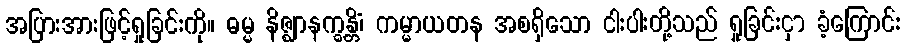
အပြားအားဖြင့်ရှုခြင်းကို။ ဓမ္မ နိဇ္ဈာနက္ခန္တိံ၊ ကမ္မာယတန အစရှိသော ငါးပါးတို့သည် ရှုခြင်းငှာ ခံ့ကြောင်း